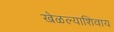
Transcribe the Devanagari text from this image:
खेळल्याशिवाय